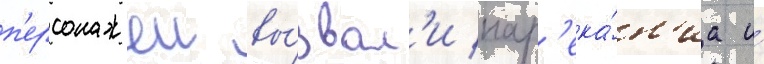
п'ерсонажеи вы́звал'и нар'ека́н'иа и́